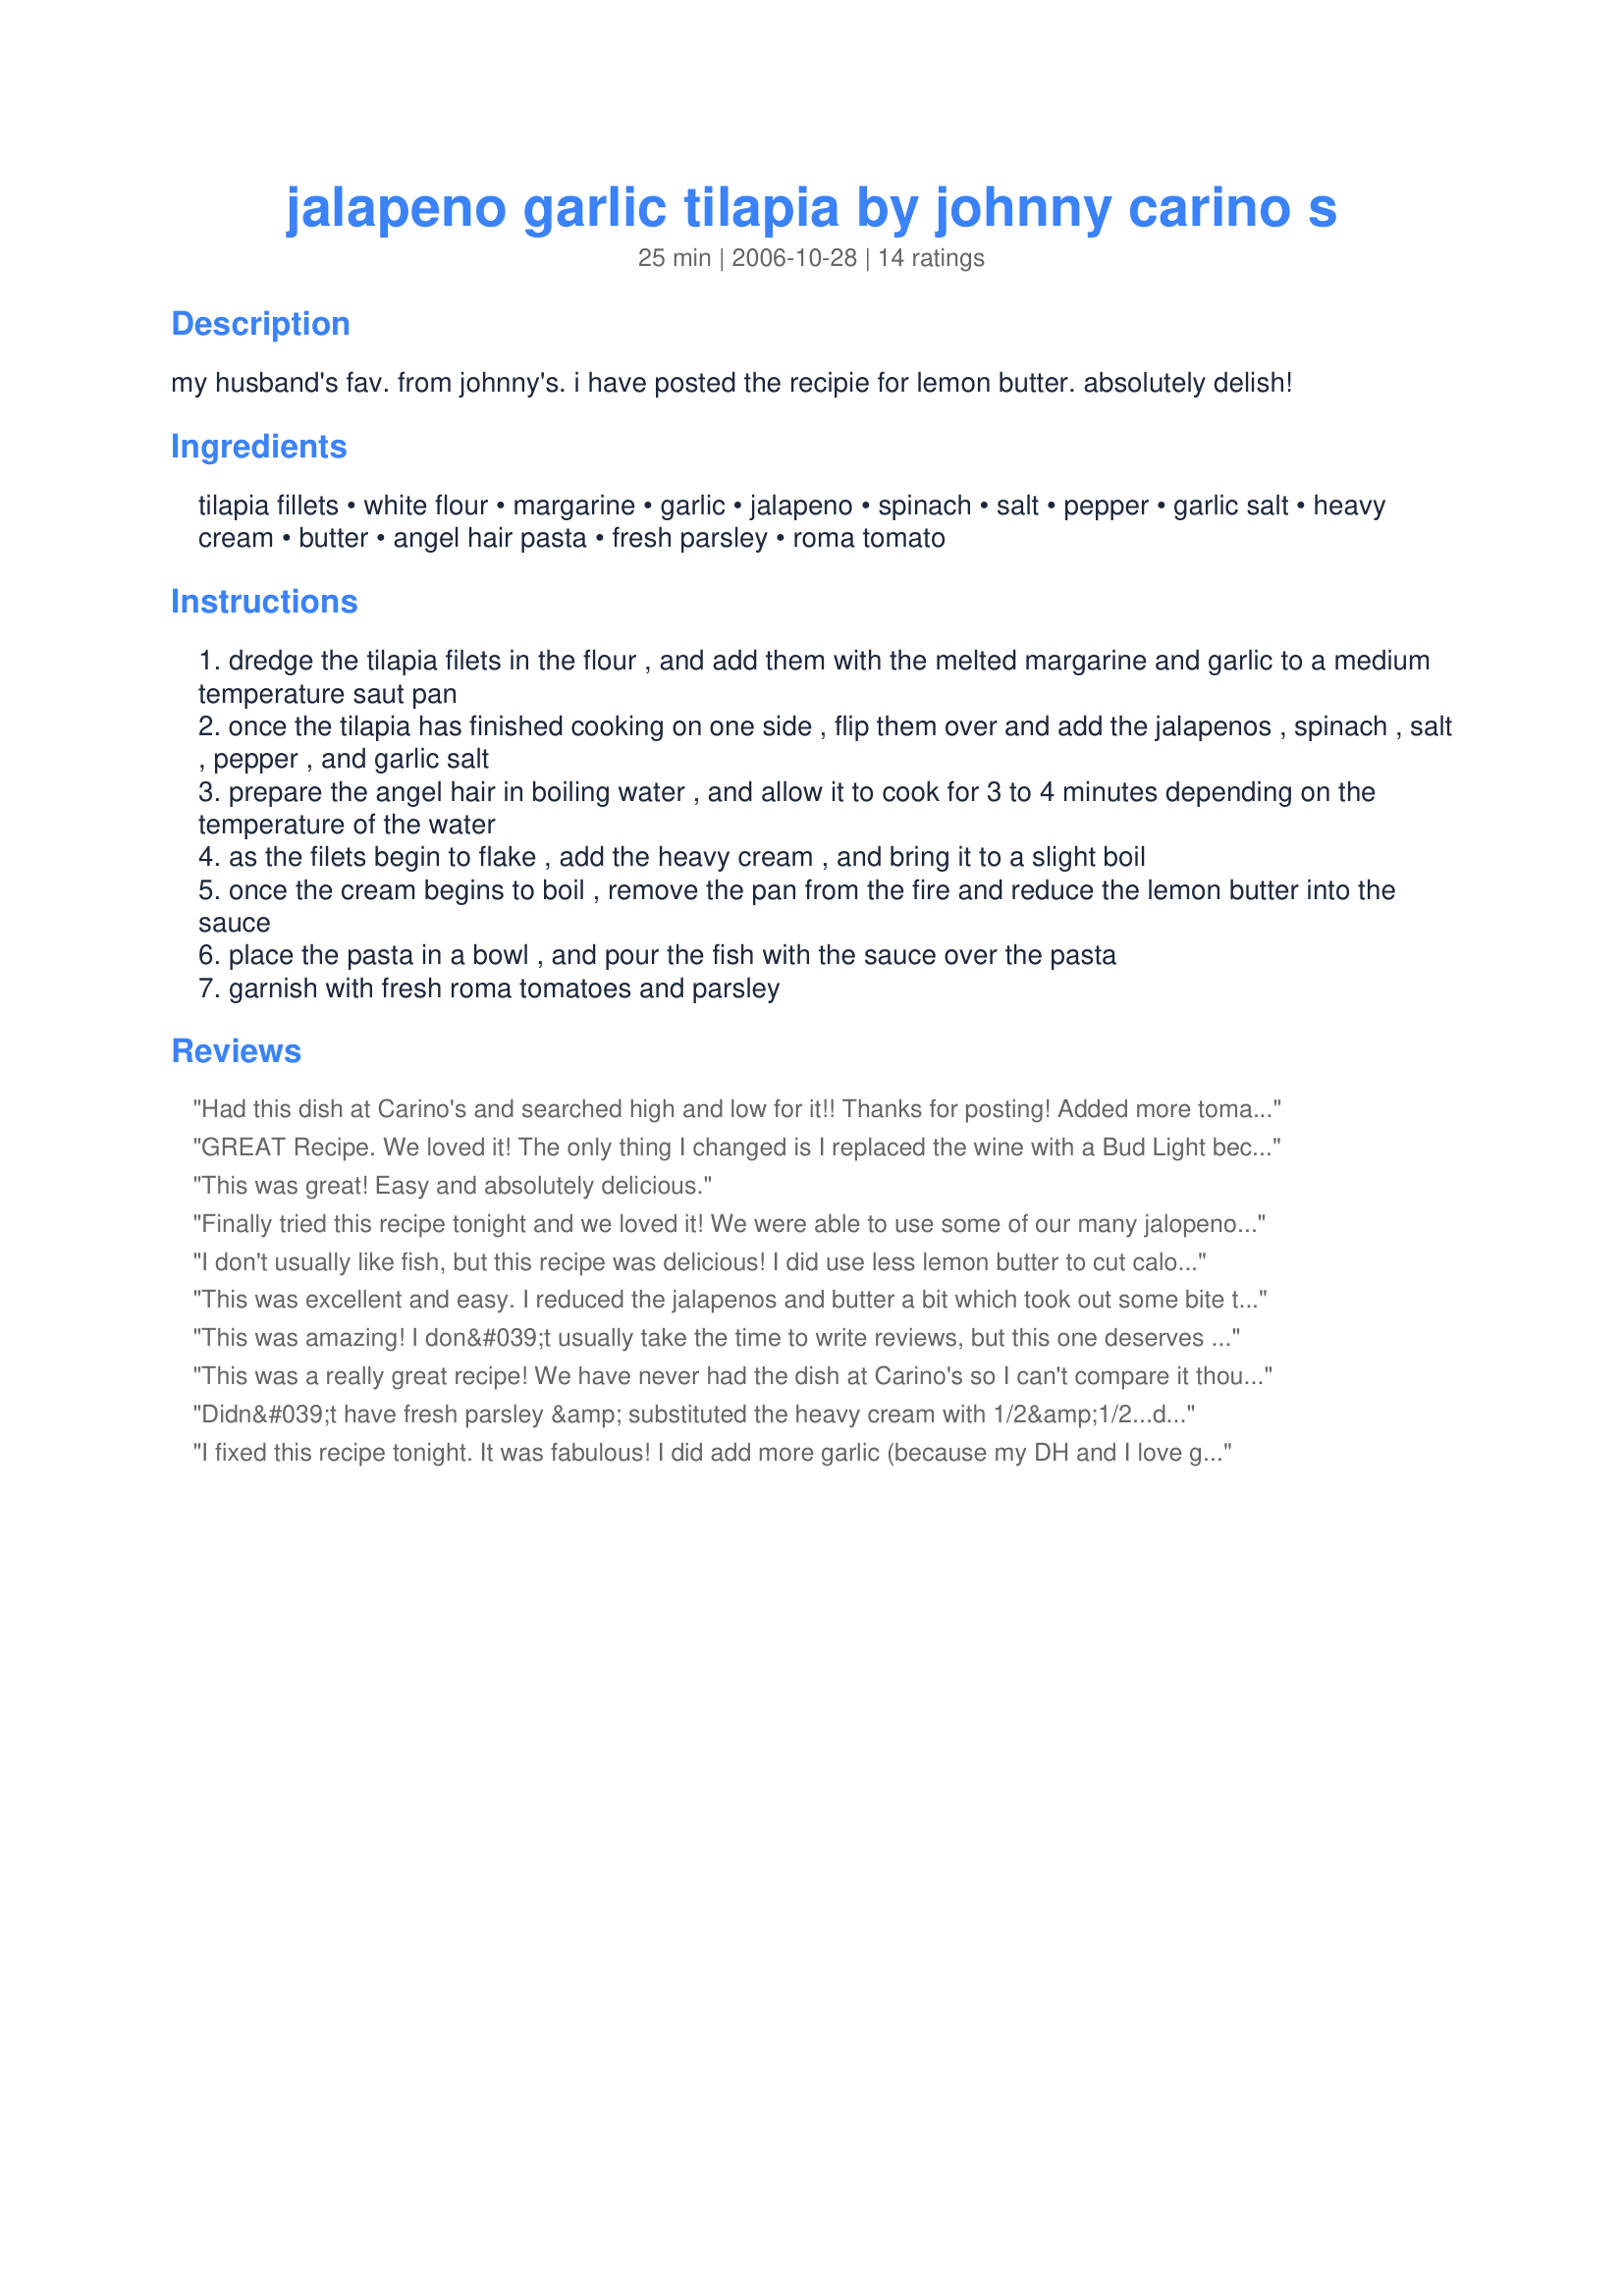
jalapeno garlic tilapia by johnny carino s
Preparation time: 25 minutes

my husband's fav. from johnny's. i have posted the recipie for lemon butter. absolutely delish!

Ingredients:
tilapia fillets, white flour, margarine, garlic, jalapeno, spinach, salt, pepper, garlic salt, heavy cream, butter, angel hair pasta, fresh parsley, roma tomato

Steps:
dredge the tilapia filets in the flour , and add them with the melted margarine and garlic to a medium temperature saut pan
once the tilapia has finished cooking on one side , flip them over and add the jalapenos , spinach , salt , pepper , and garlic salt
prepare the angel hair in boiling water , and allow it to cook for 3 to 4 minutes depending on the temperature of the water
as the filets begin to flake , add the heavy cream , and bring it to a slight boil
once the cream begins to boil , remove the pan from the fire and reduce the lemon butter into the sauce
place the pasta in a bowl , and pour the fish with the sauce over the pasta
garnish with fresh roma tomatoes and parsley

Reviews:
Had this dish at Carino's and searched high and low for it!! Thanks for posting! Added more tomatoes, spinach, and jalapenos.
GREAT Recipe. We loved it! The only thing I changed is I replaced the wine with a Bud Light because that's what I had! (I guess you know your a redneck if...)
This was great! Easy and absolutely delicious.
Finally tried this recipe tonight and we loved it! We were able to use some of our many jalopenos from the garden plus our tomatoes. The heat was perfect and we could not stop eating it!
I don't usually like fish, but this recipe was delicious! I did use less lemon butter to cut calories, but I recommend more tomatoes and more spinach.
This was excellent and easy. I reduced the jalapenos and butter a bit which took out some bite to suite the kids and lightened it. The tomatoes were a great addition to top the meal.
This was amazing! I don&#039;t usually take the time to write reviews, but this one deserves one. I doubled it and substituted canned coconut milk for the heavy cream due to a dairy allergy in the family. It turned out SO good. I wasn&#039;t sure how the coconut milk would affect the taste, but it was still delish!
This was a really great recipe! We have never had the dish at Carino's so I can't compare it though. I followed the recipe exactly except for cutting the amount of jalepenos in half because I'm not a huge fan. For the lemon butter, I used the recipe posted by MissAli and it was easy and yummy! Next time, I'll increase the sauce amount and add more spinache!
Didn&#039;t have fresh parsley &amp; substituted the heavy cream with 1/2&amp;1/2...delicious! This is my hubby&#039;s favorite dish at Carino&#039;s. He really enjoyed it! So did I. It was the perfect serving size for us. Can&#039;t wait to try it with heavy cream and fresh parsley. It was very easy and quick to make. Thank you very MissAli!
I fixed this recipe tonight. It was fabulous! I did add more garlic (because my DH and I love garlic) and used about 3/4 cup of half n half (because that is what I had and wanted a little more sauce). It still turned out great. Thank you MissAli for this recipe.
Came out fabulous. I used less margarine and butter and used EVOO instead. Extra spinach too! Really delicious. Made a big batch for leftovers and to share with my parents. Thumbs up!
Changed this around a bit to fit the sides that I had already planned out (left out the cream sauce and pasta). It was still amazing!
I made this for my wife and she RAVED about it. Said it was exactly like the restaurant's but I needed to use a little less lemon.
DEEEEE-LISH!!! I'm not a big fish fan unless it's fried, but this dish was perfect down to the last ingredient! I can't wait to prepare it in my own kitchen and order it again at Johnny Carino's!!
